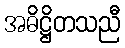
အဓိဋ္ဌိတသညီ